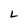
Character: L